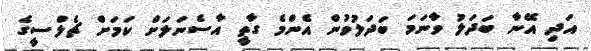
އަދި އޭނާ ބަދަލު ވާނަމަ ބަދަލުވުން އެންމެ ގާތީ އާސެނަލަށް ކަމަށް ޗެލްސީގެ